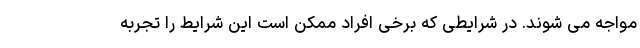
مواجه می شوند. در شرایطی که برخی افراد ممکن است این شرایط را تجربه